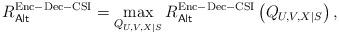
LaTeX: \begin{align*} R_\mathsf{Alt}^\mathrm{Enc-Dec-CSI}=\max_{Q_{U,V,X|S}}R_\mathsf{Alt}^\mathrm{Enc-Dec-CSI}\left(Q_{U,V,X|S}\right),\end{align*}